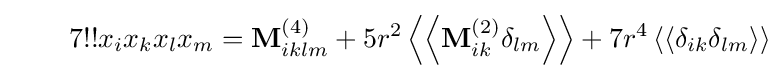
\qquad 7!!x_{i}x_{k}x_{l}x_{m}=\mathbf {M} _{iklm}^{(4)}+5r^{2}\left\langle \left\langle \mathbf {M} _{ik}^{(2)}\delta _{lm}\right\rangle \right\rangle +7r^{4}\left\langle \left\langle \delta _{ik}\delta _{lm}\right\rangle \right\rangle